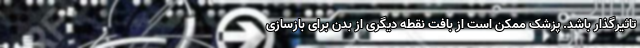
تاثیرگذار باشد. پزشک ممکن است از بافت نقطه دیگری از بدن برای بازسازی